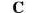
C